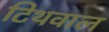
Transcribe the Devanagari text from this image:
टिथवाल